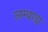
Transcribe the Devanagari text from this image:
लम्बाडा